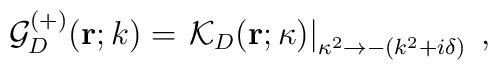
{\mathcal G}^{(+)}_{{D}} ({\bf r}; k)= \left.{\mathcal K}_{{D}} ({\bf r}; \kappa)\right|_{ \kappa^{2} \rightarrow - (k^{2}+ i \delta) }\;  ,